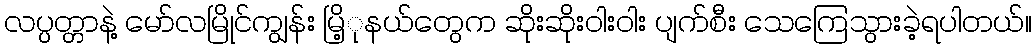
လပ္ပတ္တာနဲ့ မော်လမြိုင်ကျွန်း မြိ့ုနယ်တွေက ဆိုးဆိုးဝါးဝါး ပျက်စီး သေကြေသွားခဲ့ရပါတယ်။